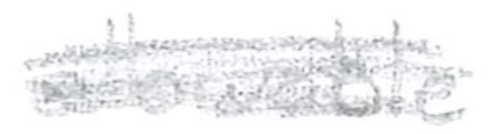
Text: allowable
Cross-out: scratch
Writing tool: pencil